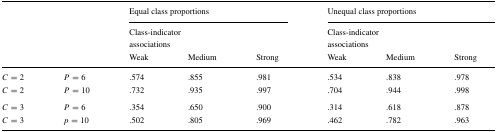
|  |  | <COLSPAN=3> Equal class proportions | <COLSPAN=3> Unequal class proportions |
 |  |  | <COLSPAN=3> Class-indicator | <COLSPAN=3> Class-indicator |
 |  |  | <COLSPAN=3> associations | <COLSPAN=3> associations |
 |  |  | Weak | Medium | Strong | Weak | Medium | Strong |
 | --- | --- | --- | --- | --- | --- | --- | --- |
 | C=2 | P=6 | .574 | .855 | .981 | .534 | .838 | .978 |
 | C=2 | P=10 | .732 | .935 | .997 | .704 | .944 | .998 |
 | C=3 | P=6 | .354 | .650 | .900 | .314 | .618 | .878 |
 | C=3 | p=10 | .502 | .805 | .969 | .462 | .782 | .963 |